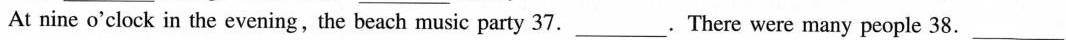
At nine o'clock in the evening, the beach music party 37.___. There were many people 38. ___